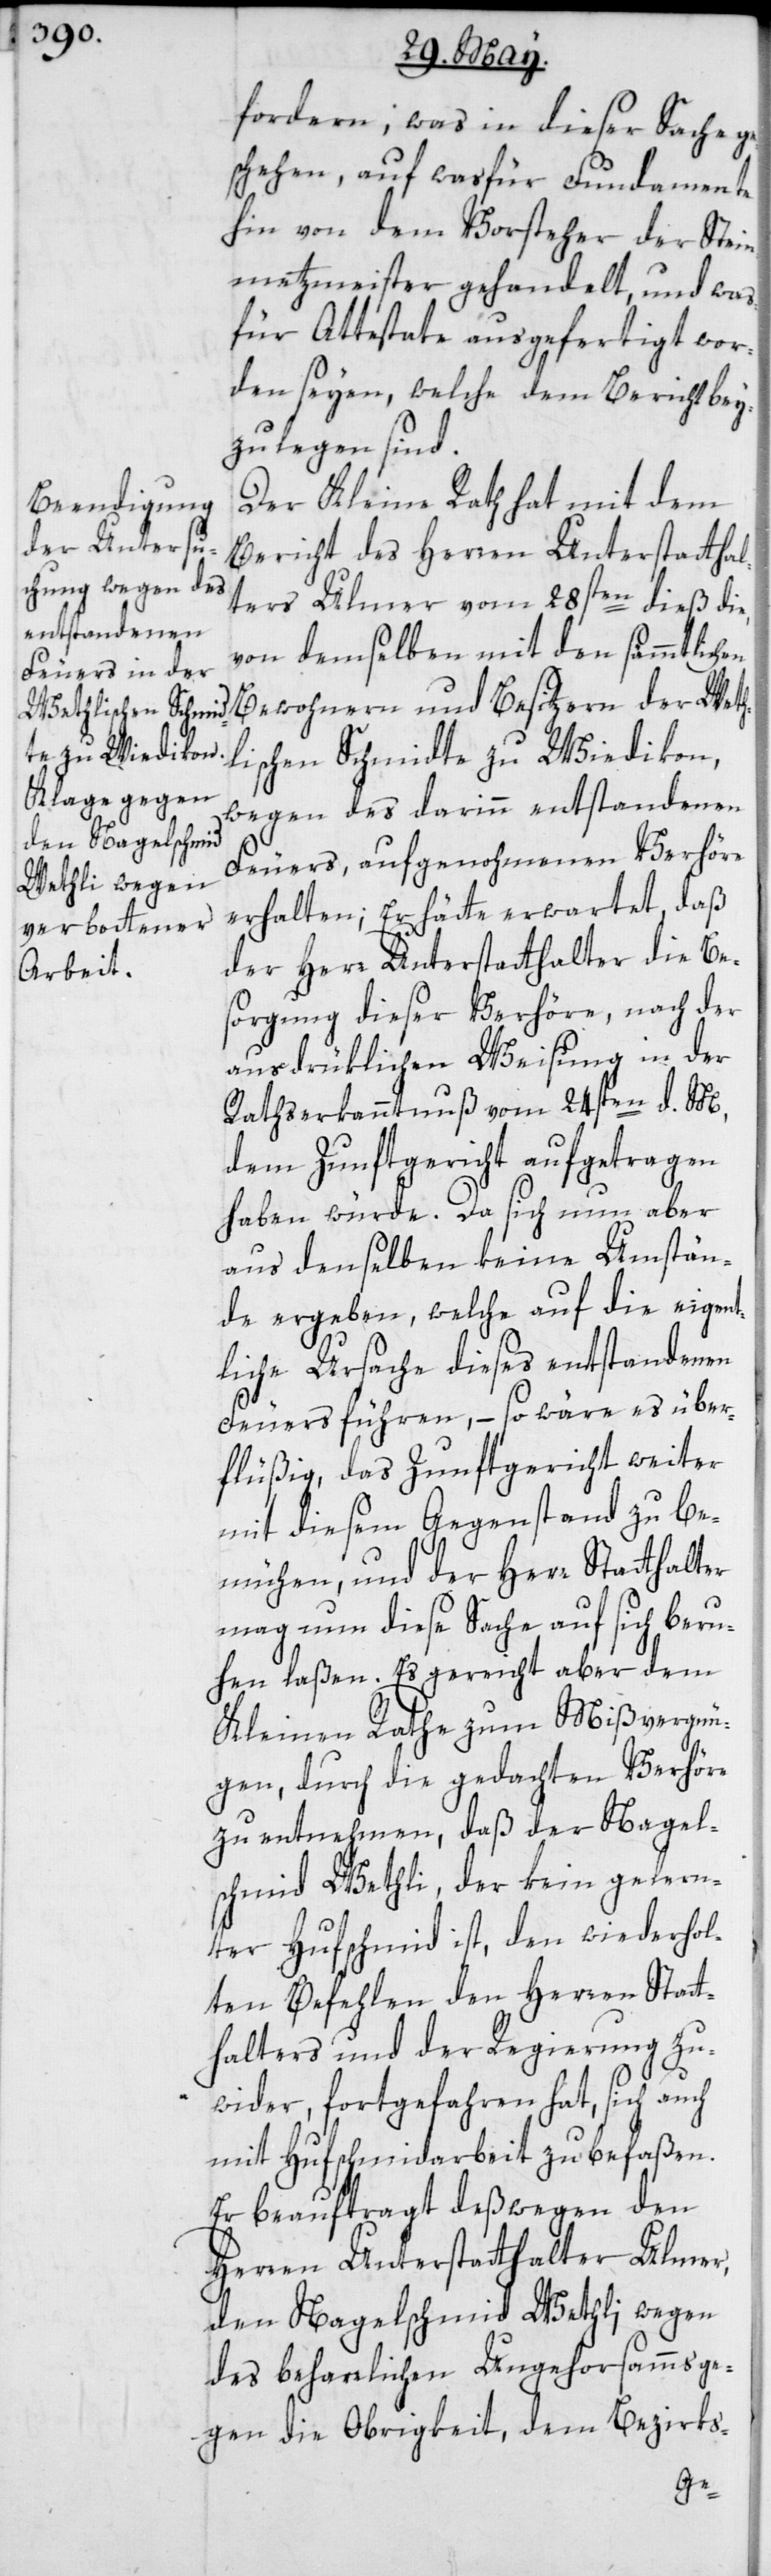
den Nagelschmid
Wethli wegen

fordern; was in dieser Sache ge¬
schehen, auf was für Fundamente
hin von dem Vorsteher der Stei¬
nmetzmeister gehandelt, und was
für Attestate ausgefertigt wor¬
den seyen, welche dem Bericht bey¬
zulegen sind.
Der Kleine Rath hat mit dem
Bericht des Herren Unterstatthal¬
ters Ulmer vom 28sten dieß die,
von demselben mit den sämmtlichen
Bewohnern und Besitzern der Weth¬
lischen Schmidte zu Wiedikon,
wegen des darinn entstandenen
Feuers, aufgenohmenen Verhöre
erhalten; Er hätte erwartet, daß
der Herr Unterstatthalter die Be¬
sorgung dieser Verhöre, nach der
ausdrüklichen Weisung in der
Rathserkanntnuß vom 24sten d. M.,
dem Zunftgericht aufgetragen
haben würde. Da sich nun aber
aus denselben keine Umstän¬
de ergeben, welche auf die eigent¬
liche Ursache dieses enstandenen
Feuers führen, – so wäre es über¬
flüßig, das Zunftgericht weiter
mit diesem Gegenstand zu be¬
mühen, und der Herr Statthalter
mag nun diese Sache auf sich beru¬
hen laßen. Es gereicht aber dem
Kleinen Rathe zum Mißvergnü¬
gen, durch die gedachten Verhöre
zu entnehmen, daß der Nagel¬
schmied Wethli, der kein gelern¬
ter Hufschmied ist, den wiederhol¬
ten Befehlen des Herren Statt¬
halters und der Regierung zu¬
wider, fortgefahren hat, sich auch
mit Hufschmidarbeit zu befaßen.
Er beauftragt deßwegen den
Herren Unterstatthalter Ulmer,
des beharrlichen Ungehorsamms ge¬
gen die Obrigkeit, dem Bezirks-